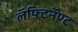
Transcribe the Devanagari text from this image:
लॅफ़्टिनॅण्ट